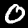
Label: 0